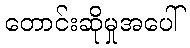
တောင်းဆိုမှုအပေါ်